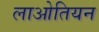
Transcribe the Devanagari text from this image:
लाओतियन